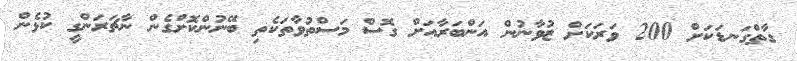
ގާތްގަނޑަކަށް 200 ވަރަކަށް ޒުވާނުން އަންބަރާއަށް ގޮސް މަސްތުވާތަކެތި ބޭނުންކޮށްގެން ނާޗަރަންގީ ކުޅެން